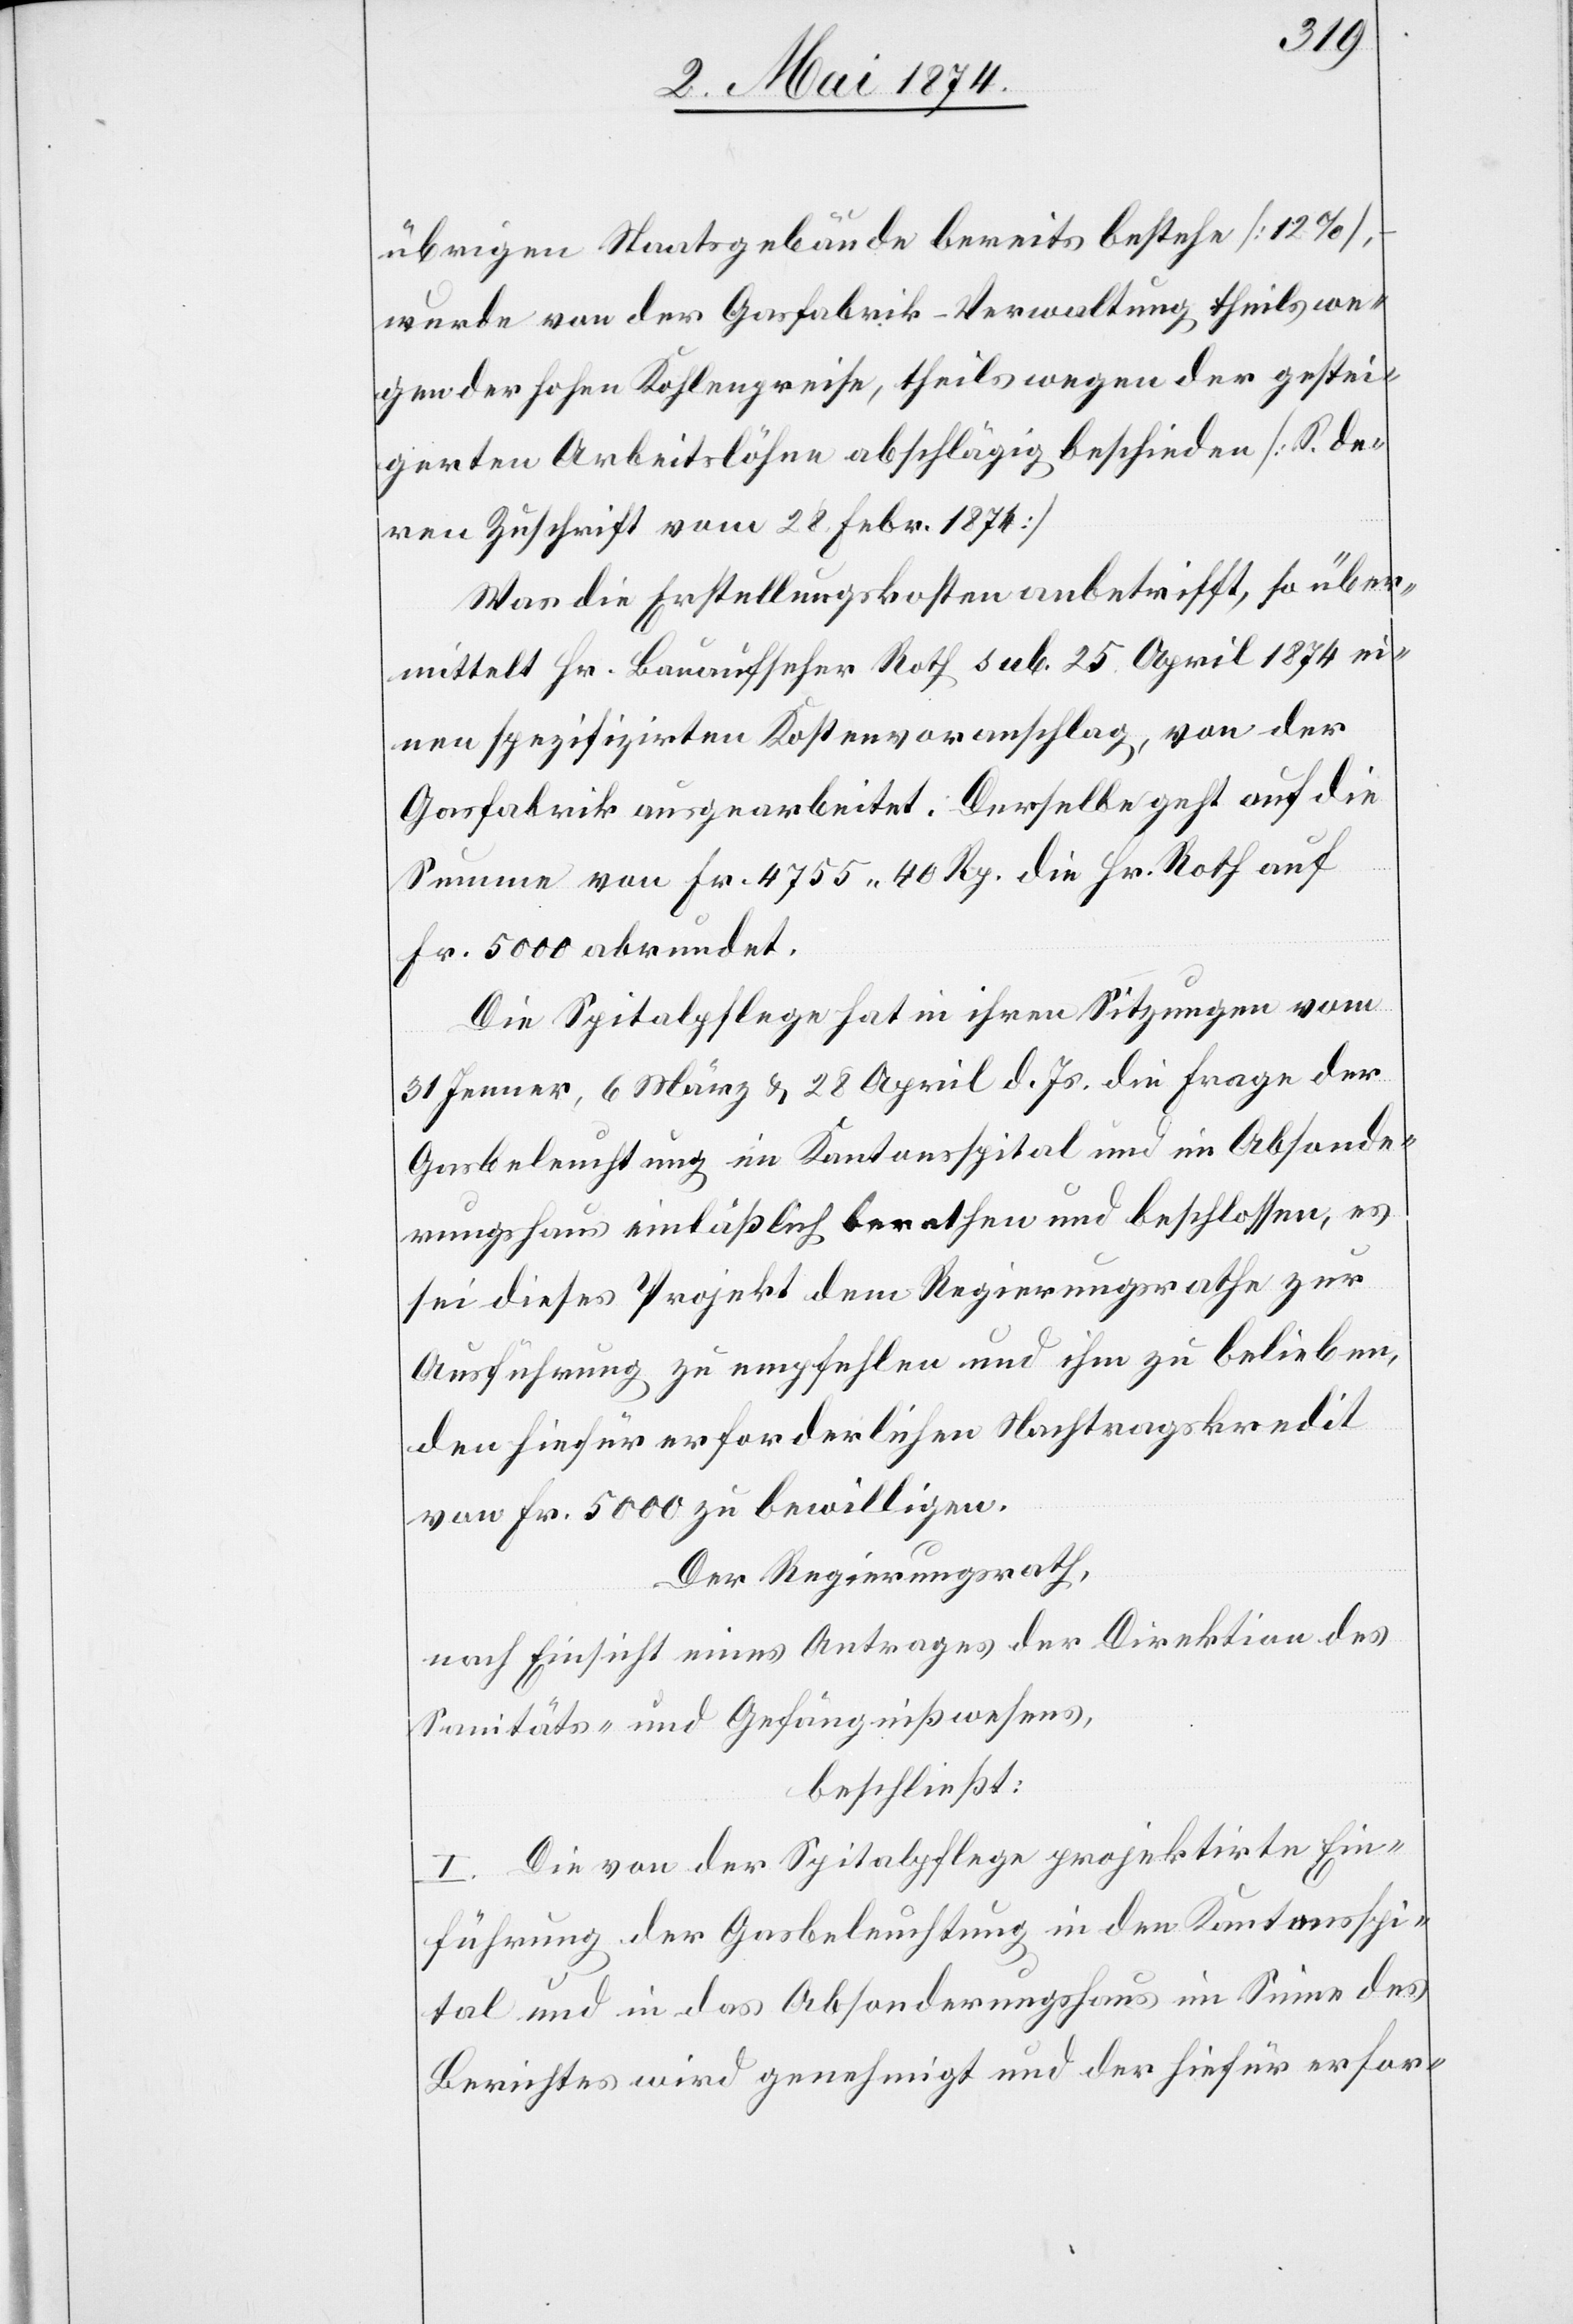
übrigen Staatsgebäude bereits bestehe [12%],
wurde von der Gasfabrik-Verwaltung theils we¬
gen der hohen Kohlenpreise, theils wegen der gestei¬
gerten Arbeitslöhne abschlägig beschieden [S. de¬
ren Zuschrift vom 28. Febr. 1871]
Was die Erstellungskosten anbetrifft, so über¬
mittelt Hr. Bauaufseher Roth sub. 25. April 1874 ei¬
nen spezifizirten Kostenvoranschlag, von der
Gasfabrik ausgearbeitet. Derselbe geht auf die
Summe von Fr. 4755.40 Rp. die Hr. Roth auf
Fr. 5000 abrundet.
Die Spitalpflege hat in ihren Sitzungen vom
31. Jenner, 6 März u. 28. April d. Js. die Frage der
Gasbeleuchtung im Kantonsspital und im Absonde¬
rungshaus einläßlich berathen und beschlossen, es
sei dieses Projekt dem Regierungsrathe zur
Ausführung zu empfehlen und ihm zu belieben,
den hiefür erforderlichen Nachtragskredit
von Fr. 5000 zu bewilligen.
Der Regierungsrath,
nach Einsicht eines Antrages der Direktion des
Sanitäts- und Gefängnißwesens,
beschließt:
I. Die von der Spitalpflege projektirte Ein¬
führung der Gasbeleuchtung in den Kantonsspi¬
tal und in das Absonderungshaus im Sinne des
Berichtes wird genehmigt und der hiefür erfor-